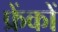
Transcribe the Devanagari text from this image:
फ्रेंकों